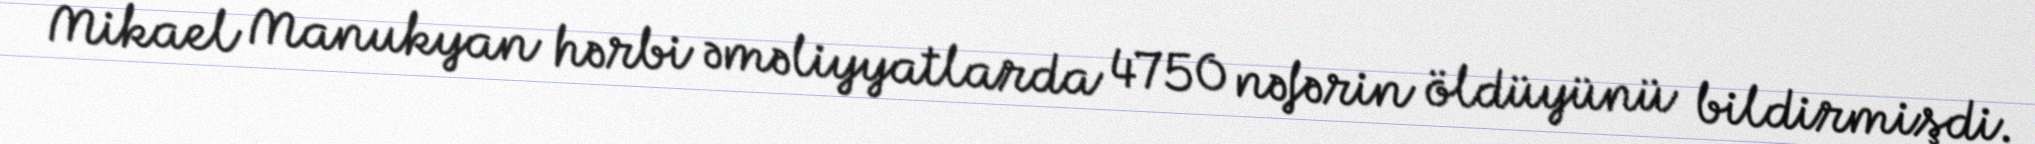
Mikael Manukyan hərbi əməliyyatlarda 4750 nəfərin öldüyünü bildirmişdi.